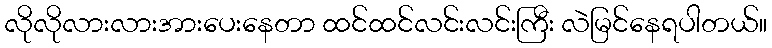
လိုလိုလားလားအားပေးနေတာ ထင်ထင်လင်းလင်းကြီး လဲမြင်နေရပါတယ်။